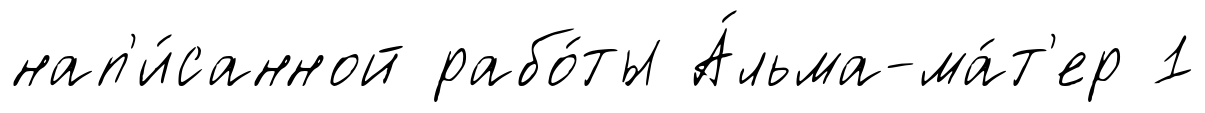
нап'и́санной рабо́ты А́льма-ма́т'ер 1